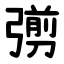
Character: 彅